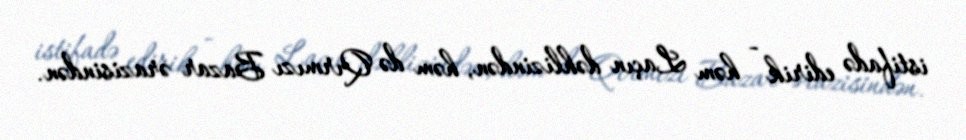
istifadə edirik - həm Laçın dəhlizindən, həm də Qırmızı Bazar ərazisindən.